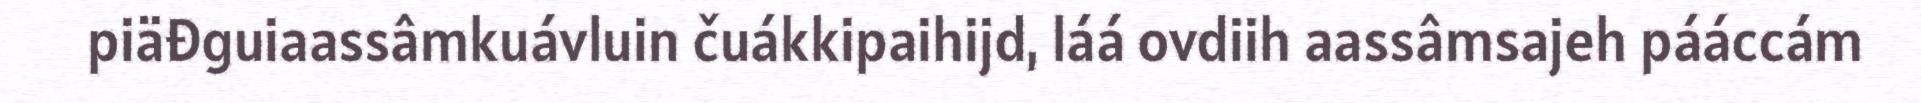
piäđguiaassâmkuávluin čuákkipaihijd, láá ovdiih aassâmsajeh pááccám